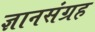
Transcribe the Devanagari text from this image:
ज्ञानसंग्रह